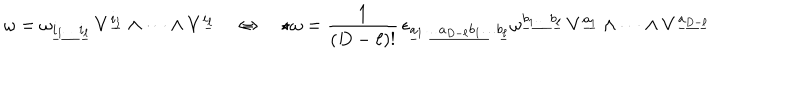
\omega = \omega _ { \underline { { { i _ { 1 } \dots i _ { \ell } } } } } \, V ^ { \underline { { { i _ { 1 } } } } } \wedge \dots \wedge V ^ { \underline { { { i _ { \ell } } } } } \quad \Leftrightarrow \quad \star \omega = \frac { 1 } { ( D - \ell ) ! } \, \epsilon _ { \underline { { { a _ { 1 } \dots a _ { D - \ell } b _ { 1 } \dots b _ { \ell } } } } } \omega ^ { \underline { { { b _ { 1 } \dots b _ { \ell } } } } } \, V ^ { \underline { { { a _ { 1 } } } } } \wedge \dots \wedge V ^ { \underline { { { a _ { D - \ell } } } } }